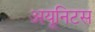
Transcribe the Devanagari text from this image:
अयूनिटस